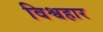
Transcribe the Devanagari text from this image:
विश्वहार